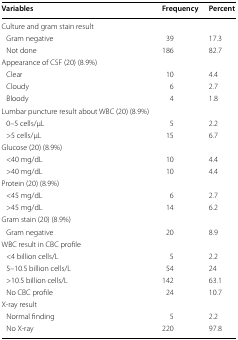
<table><thead><tr><td><b>Variables</b></td><td><b>Frequency</b></td><td><b>Percent</b></td></tr></thead><tbody><tr><td colspan="3">Culture and gram stain result</td></tr><tr><td> Gram negative</td><td>39</td><td>17.3</td></tr><tr><td> Not done</td><td>186</td><td>82.7</td></tr><tr><td colspan="3">Appearance of CSF (20) (8.9%)</td></tr><tr><td> Clear</td><td>10</td><td>4.4</td></tr><tr><td> Cloudy</td><td>6</td><td>2.7</td></tr><tr><td> Bloody</td><td>4</td><td>1.8</td></tr><tr><td colspan="3">Lumbar puncture result about WBC (20) (8.9%)</td></tr><tr><td> 0–5 cells/μL</td><td>5</td><td>2.2</td></tr><tr><td> &gt;5 cells/μL</td><td>15</td><td>6.7</td></tr><tr><td colspan="3">Glucose (20) (8.9%)</td></tr><tr><td> &lt;40 mg/dL</td><td>10</td><td>4.4</td></tr><tr><td> &gt;40 mg/dL</td><td>10</td><td>4.4</td></tr><tr><td colspan="3">Protein (20) (8.9%)</td></tr><tr><td> &lt;45 mg/dL</td><td>6</td><td>2.7</td></tr><tr><td> &gt;45 mg/dL</td><td>14</td><td>6.2</td></tr><tr><td colspan="3">Gram stain (20) (8.9%)</td></tr><tr><td> Gram negative</td><td>20</td><td>8.9</td></tr><tr><td colspan="3">WBC result in CBC profile</td></tr><tr><td> &lt;4 billion cells/L</td><td>5</td><td>2.2</td></tr><tr><td> 5–10.5 billion cells/L</td><td>54</td><td>24</td></tr><tr><td> &gt;10.5 billion cells/L</td><td>142</td><td>63.1</td></tr><tr><td> No CBC profile</td><td>24</td><td>10.7</td></tr><tr><td colspan="3">X-ray result</td></tr><tr><td> Normal finding</td><td>5</td><td>2.2</td></tr><tr><td> No X-ray</td><td>220</td><td>97.8</td></tr></tbody></table>